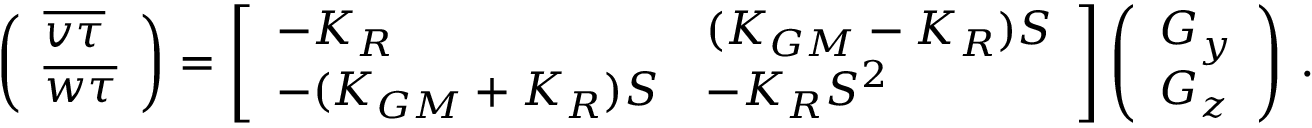
\begin{array} { r } { \left( \begin{array} { l } { \overline { { v \tau } } } \\ { \overline { { w \tau } } } \end{array} \right) = \left[ \begin{array} { l l } { - K _ { R } } & { ( K _ { G M } - K _ { R } ) { \cal S } } \\ { - ( K _ { G M } + K _ { R } ) { \cal S } } & { - K _ { R } { \cal S } ^ { 2 } } \end{array} \right] \left( \begin{array} { l } { G _ { y } } \\ { G _ { z } } \end{array} \right) \, . } \end{array}